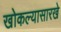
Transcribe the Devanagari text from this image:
खोकल्यासारखे